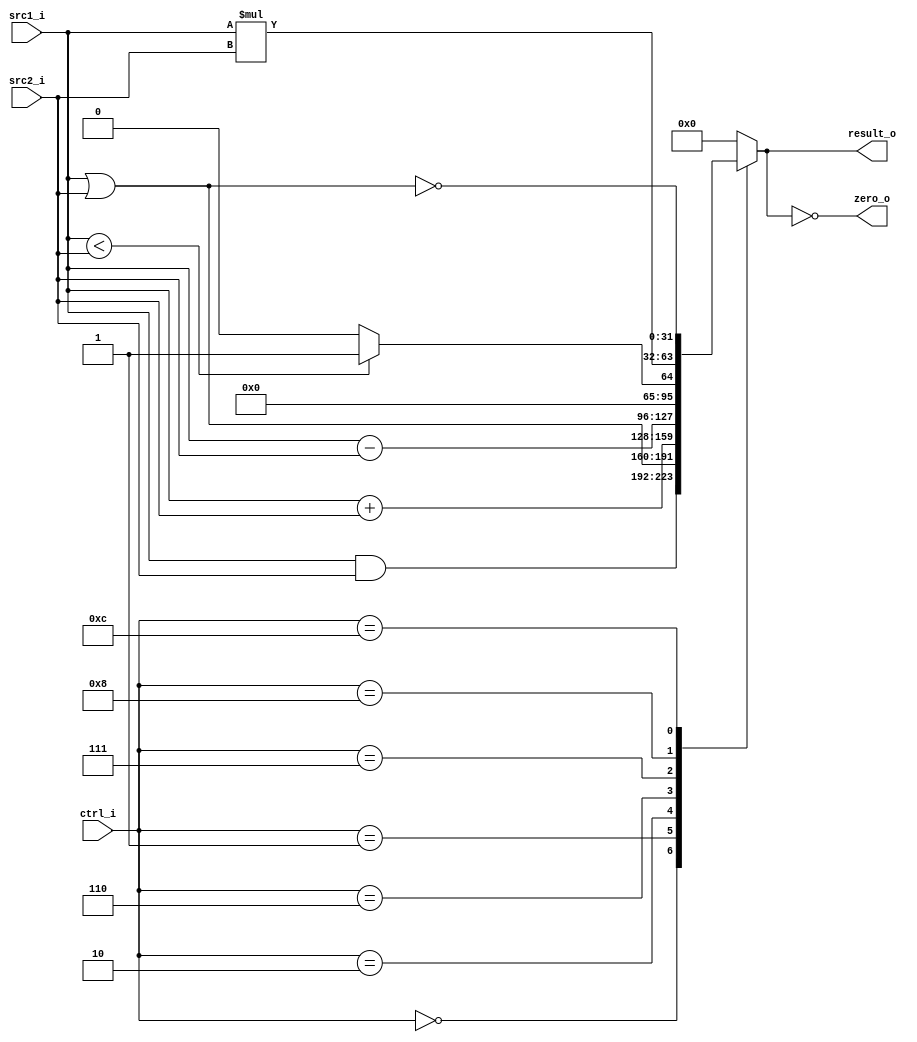

//--------------------------------------------------------------------------------
//Version:     1
//--------------------------------------------------------------------------------
//Writer:      0510008  & 0510026 
//----------------------------------------------
//Date:        
//----------------------------------------------
//Description: 
//--------------------------------------------------------------------------------

module ALU(
    src1_i,
    src2_i,
    ctrl_i,
    result_o,
    zero_o
    );
     
//I/O ports
input  [32-1:0]  src1_i;
input  [32-1:0]  src2_i;
input  [4-1:0]   ctrl_i;

output [32-1:0]  result_o;
output           zero_o;

//Internal signals
reg    [32-1:0]  result_o;
wire             zero_o;

//Parameter
assign zero_o = (result_o==0);
always @(ctrl_i, src1_i, src2_i) begin
    case (ctrl_i)
        0: result_o<=src1_i&src2_i;
        1: result_o<= src1_i | src2_i;
        2: result_o<=src1_i + src2_i;
        6: result_o<=src1_i - src2_i;
        7: result_o<=( $signed (src1_i) < $signed(src2_i)) ? 32'd1:32'd0 ;
        8: result_o<= src1_i*src2_i ;
        12: result_o<= ~(src1_i | src2_i);
        default: result_o<=0;
    endcase
end

//Main function

endmodule